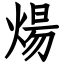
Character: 煬